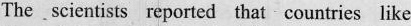
The scientists reported that countries like